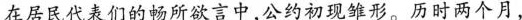
在居民代表们的畅所欲言中，公约初现雏形。历时两个月